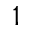
1